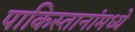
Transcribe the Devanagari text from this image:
पाकिस्तानांमध्ये